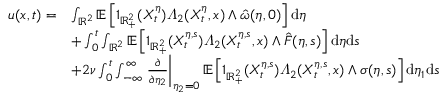
\begin{array} { r l } { u ( x , t ) = } & { \int _ { \mathbb { R } ^ { 2 } } \mathbb { E } \left[ 1 _ { \mathbb { R } _ { + } ^ { 2 } } ( X _ { t } ^ { \eta } ) \varLambda _ { 2 } ( X _ { t } ^ { \eta } , x ) \wedge \hat { \omega } ( \eta , 0 ) \right] \mathrm { d } \eta } \\ & { + \int _ { 0 } ^ { t } \int _ { \mathbb { R } ^ { 2 } } \mathbb { E } \left[ 1 _ { \mathbb { R } _ { + } ^ { 2 } } ( X _ { t } ^ { \eta , s } ) \varLambda _ { 2 } ( X _ { t } ^ { \eta , s } , x ) \wedge \hat { F } ( \eta , s ) \right] \mathrm { d } \eta \mathrm { d } s } \\ & { + 2 \nu \int _ { 0 } ^ { t } \int _ { - \infty } ^ { \infty } \left. \frac { \partial } { \partial \eta _ { 2 } } \right| _ { \eta _ { 2 } = 0 } \mathbb { E } \left[ 1 _ { \mathbb { R } _ { + } ^ { 2 } } ( X _ { t } ^ { \eta , s } ) \varLambda _ { 2 } ( X _ { t } ^ { \eta , s } , x ) \wedge \sigma ( \eta , s ) \right] \mathrm { d } \eta _ { 1 } \mathrm { d } s } \end{array}